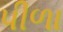
પીળા